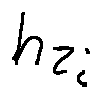
h _ { z _ { i } }